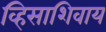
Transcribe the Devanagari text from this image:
व्हिसाशिवाय